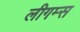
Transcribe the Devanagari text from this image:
लीगम्स